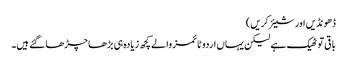
ڈھونڈیں اور شیئر کریں)
باقی تو ٹھیک ہے لیکن یہاں اردو ٹائمز والے کچھ زیادہ ہی بڑھا چڑھا گئے ہیں۔